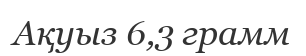
Ақуыз 6,3 грамм